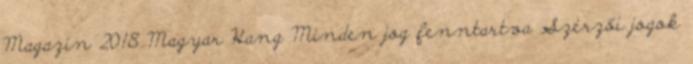
Magazin 2018 Magyar Hang Minden jog fenntartva Szerzői jogok